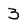
Character: 3